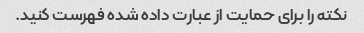
نکته را برای حمایت از عبارت داده شده فهرست کنید.